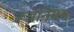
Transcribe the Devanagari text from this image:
रूथेनियम